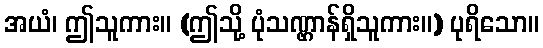
အယံ၊ ဤသူကား။ (ဤသို့ ပုံသဏ္ဌာန်ရှိသူကား။) ပုရိသော။